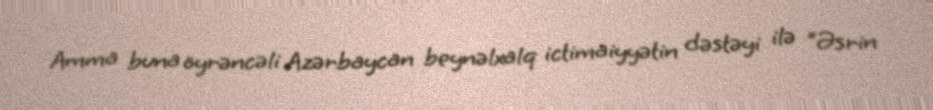
Amma buna öyrəncəli Azərbaycan beynəlxalq ictimaiyyətin dəstəyi ilə ”Əsrin